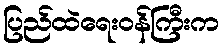
ပြည်ထဲရေးဝန်ကြီးက